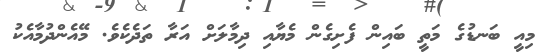
މިއީ ބަނޑުގެ މަތީ ބައިން ފެށިގެން މެޔާއި ދިމާލަށް އަރާ ތަދެކެވެ. މޭއެންދުމާއެކު